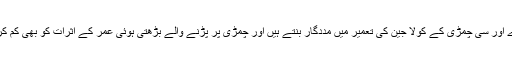
وٹامن اے اور سی چمڑی کے کولا جین کی تعمیر میں مددگار بنتے ہیں اور چمڑی پر پڑنے والے بڑھتی ہوئی عمر کے اثرات کو بھی کم کرتے ہیں۔